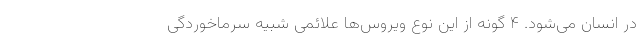
در انسان می‌شود. ۴ گونه از این نوع ویروس‌ها علائمی شبیه سرماخوردگی